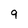
Character: 9